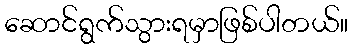
ဆောင်ရွက်သွားရမှာဖြစ်ပါတယ်။